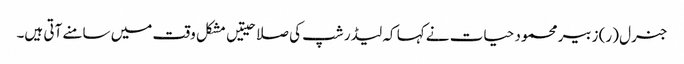
جنرل (ر) زبیر محمود حیات نے کہا کہ لیڈر شپ کی صلاحیتیں مشکل وقت میں سامنے آتی ہیں۔